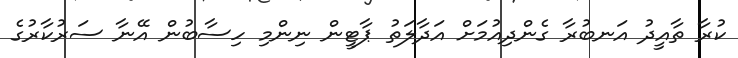
ކުރާ ތާއީދު އަނބުރާ ގެންދިއުމަށް އަދާލަތު ޕާޓީން ނިންމި ހިސާބުން އޭނާ ސަރުކާރުގެ